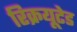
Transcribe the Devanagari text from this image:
रिक्रयूटेड